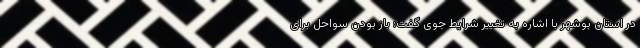
در استان بوشهر با اشاره به تغییر شرایط جوی گفت: باز بودن سواحل برای